Indian journal of veterinary science and animal husbandry - Volume 10,
Year: 1940
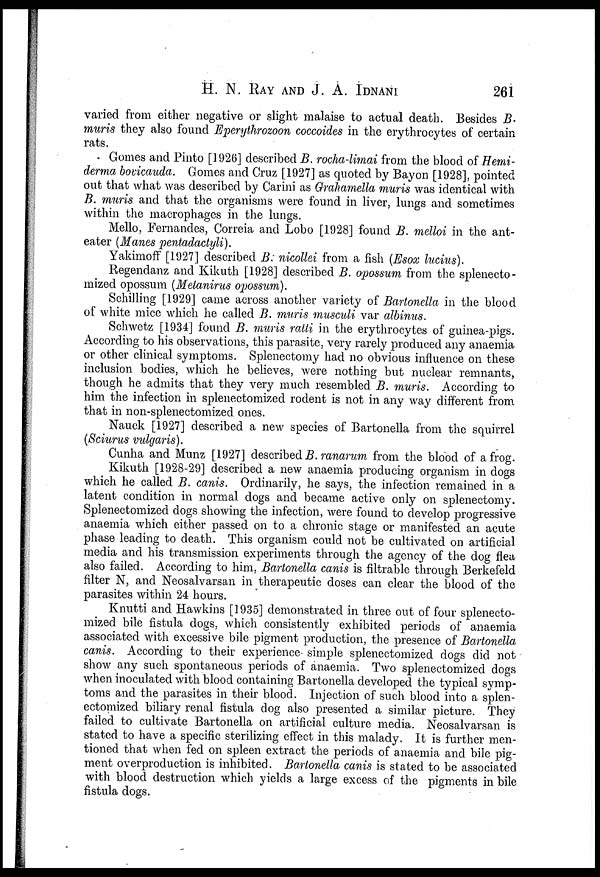
H. N. RAY AND J. A. IDNANI 261
varied from either negative or slight malaise to actual death. Besides B.
muris they also found Eperythrozoon coccoides in the erythrocytes of certain
rats.
Gomes and Pinto [1926] described B. rocha-limai from the blood of Hemi¬
derma bovicauda. Gomes and Cruz [1927] as quoted by Bayon [1928], pointed
out that what was described by Carini as Grahamella muris was identical with
B. muris and that the organisms were found in liver, lungs and sometimes
within the macrophages in the lungs.
Mello, Fernandes, Correia and Lobo [1928] found B. melloi in the ant-
eater (Manes pentadactyli).
Yakimoff [1927] described B. nicollei from a fish (Esox lucius).
Regendanz and Kikuth [1928] described B. opossum from the splenecto¬
mized opossum (Metanirus opossum).
Schilling [1929] came across another variety of Bartonella in the blood
of white mice which he called B. muris musculi var albinus.
Schwetz [1934] found B. muris ratti in the erythrocytes of guinea-pigs.
According to his observations, this parasite, very rarely produced any anaemia
or other clinical symptoms. Splenectomy had no obvious influence on these
inclusion bodies, which he believes, were nothing but nuclear remnants,
though he admits that they very much resembled B. muris. According to
him the infection in splenectomized rodent is not in any way different from
that in non-splenectomized ones.
Nauck [1927] described a new species of Bartonella from the squirrel
(Sciurus vulgaris).
Cunha and Munz [1927] described B. ranarum from the blood of a frog.
Kikuth [1928-29] described a new anaemia producing organism in dogs
which he called B. canis. Ordinarily, he says, the infection remained in a
latent condition in normal dogs and became active only on splenectomy.
Splenectomized dogs showing the infection, were found to develop progressive
anaemia which either passed on to a chronic stage or manifested an acute
phase leading to death. This organism could not be cultivated on artificial
media and his transmission experiments through the agency of the dog flea
also failed. According to him, Bartonella canis is filtrable through Berkefeld
filter N, and Neosalvarsan in therapeutic doses can clear the blood of the
parasites within 24 hours.
Knutti and Hawkins [1935] demonstrated in three out of four splenecto-
mized bile fistula dogs, which consistently exhibited periods of anaemia
associated with excessive bile pigment production, the presence of Bartonella
canis. According to their experience simple splenectomized dogs did not
show any such spontaneous periods of anaemia. Two splenectomized dogs
when inoculated with blood containing Bartonella developed the typical symp-
toms and the parasites in their blood. Injection of such blood into a splen-
ectomized biliary renal fistula dog also presented a similar picture. They
failed to cultivate Bartonella on artificial culture media. Neosalvarsan is
stated to have a specific sterilizing effect in this malady. It is further men-
tioned that when fed on spleen extract the periods of anaemia and bile pig-
ment overproduction is inhibited. Bartonella canis is stated to be associated
with blood destruction which yields a large excess of the pigments in bile
fistula dogs.